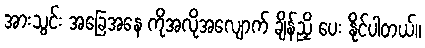
အားသွင်း အခြေအနေ ကိုအလိုအလျောက် ချိန်ညှိ ပေး နိုင်ပါတယ်။